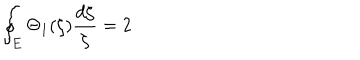
\oint _ { E } \Theta _ { 1 } ( \zeta ) \frac { d \zeta } { \zeta } = 2